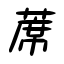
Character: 蓆